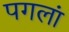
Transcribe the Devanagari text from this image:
पगलां